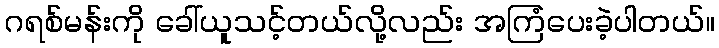
ဂရစ်မန်းကို ခေါ်ယူသင့်တယ်လို့လည်း အကြံပေးခဲ့ပါတယ်။